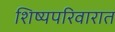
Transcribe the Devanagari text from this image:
शिष्यपरिवारात